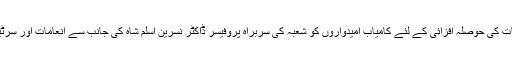
اس موقع پر طلبہ و طالبات کی حوصلہ افزائی کے لئے کامیاب اُمیدواروں کو شعبہ کی سربراہ پروفیسر ڈاکٹر نسرین اسلم شاہ کی جانب سے انعامات اور سرٹیفکیٹس دئیے جائیں گے۔